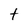
Character: t